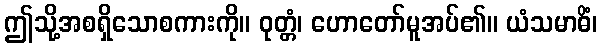
ဤသို့အစရှိသောစကားကို။ ဝုတ္တံ၊ ဟောတော်မူအပ်၏။ ယံသမာဓိံ၊